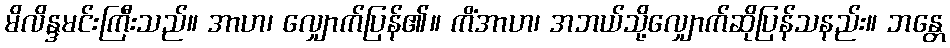
မိလိန္ဒမင်းကြီးသည်။ အာဟ၊ လျှောက်ပြန်၏။ ကိံအာဟ၊ အဘယ်သို့လျှောက်ဆိုပြန်သနည်း။ ဘန္တေ